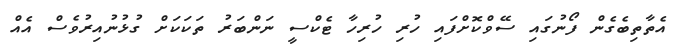
އެތާތިބެގެން ފޯނުގައި ސޭވްކޮށްފައި ހުރި ހުރިހާ ޓެކްސީ ނަންބަރު ތަކަކަށް ގުޅުނުއިރުވެސް އެއް